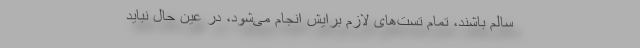
سالم باشند، تمام تست‌های لازم برایش انجام می‌شود، در عین حال نباید